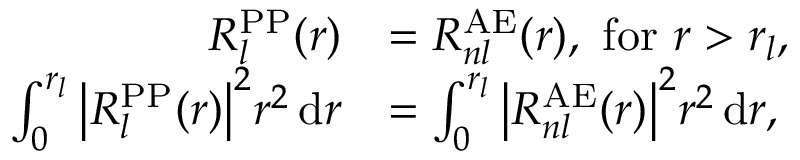
{ \begin{array} { r l } { R _ { l } ^ { \mathrm { P P } } ( r ) } & { = R _ { n l } ^ { \mathrm { A E } } ( r ) , { \mathrm { ~ f o r ~ } } r > r _ { l } , } \\ { \int _ { 0 } ^ { r _ { l } } { \big | } R _ { l } ^ { \mathrm { P P } } ( r ) { \big | } ^ { 2 } r ^ { 2 } \, \mathrm { d } r } & { = \int _ { 0 } ^ { r _ { l } } { \big | } R _ { n l } ^ { \mathrm { A E } } ( r ) { \big | } ^ { 2 } r ^ { 2 } \, \mathrm { d } r , } \end{array} }